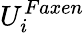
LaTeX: U_{i}^{Faxen}